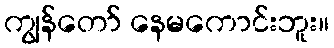
ကျွန်တော် နေမကောင်းဘူး။